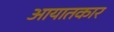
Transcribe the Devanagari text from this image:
आयातकार